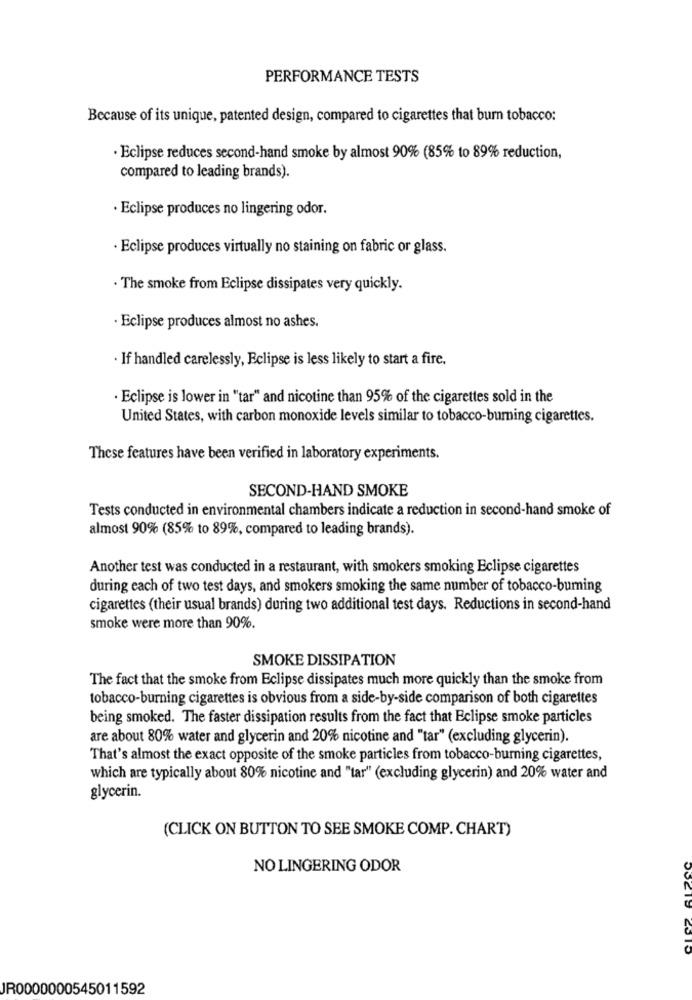
PERFORMANCE TESTS
Because of its unique, patented design, compared to cigarettes that burn tobacco:
·Eclipse reduces second-hand smoke by almost 90% (85% to 89% reduction,
compared to leading brands).
· Eclipse produces no lingering odor.
· Eclipse produces virtually no staining on fabric or glass.
. The smoke from Eclipse dissipates very quickly.
· Eclipse produces almost no ashes.
· If handled carelessly, Eclipse is less likely to start a fire.
· Eclipse is lower in "tar" and nicotine than 95% of the cigarettes sold in the
United States, with carbon monoxide levels similar to tobacco-burning cigarettes.
These features have been verified in laboratory experiments.
SECOND-HAND SMOKE
Tests conducted in environmental chambers indicate a reduction in second-hand smoke of
almost 90% (85% to 89%, compared to leading brands).
Another test was conducted in a restaurant, with smokers smoking Eclipse cigarettes
during each of two test days, and smokers smoking the same number of tobacco-burning
cigarettes (their usual brands) during two additional test days. Reductions in second-hand
smoke were more than 90%.
SMOKE DISSIPATION
The fact that the smoke from Eclipse dissipates much more quickly than the smoke from
tobacco-burning cigarettes is obvious from a side-by-side comparison of both cigarettes
being smoked. The faster dissipation results from the fact that Eclipse smoke particles
are about 80% water and glycerin and 20% nicotine and "tar" (excluding glycerin).
That's almost the exact opposite of the smoke particles from tobacco-burning cigarettes,
which are typically about 80% nicotine and "tar" (excluding glycerin) and 20% water and
glycerin.
(CLICK ON BUTTON TO SEE SMOKE COMP. CHART)
NO LINGERING ODOR
JR0000000545011592